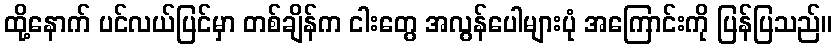
ထို့နောက် ပင်လယ်ပြင်မှာ တစ်ချိန်က ငါးတွေ အလွန်ပေါများပုံ အကြောင်းကို ပြန်ပြသည်။